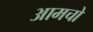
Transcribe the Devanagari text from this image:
आमचो